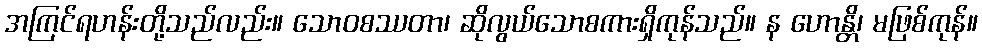
အကြင်ရဟန်းတို့သည်လည်း။ သောဝစဿတာ၊ ဆိုလွယ်သောစကားရှိကုန်သည်။ န ဟောန္တိ၊ မဖြစ်ကုန်။